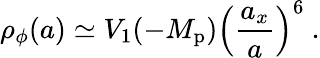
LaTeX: \rho_{\phi}(a)\simeq V_{1}(-M_{\mathrm{p}})\left(\frac{a_{x}}{a}\right)^{6}\ .